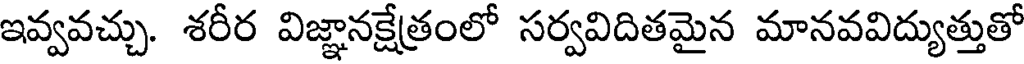
ఇవ్వవచ్చు. శరీర విజ్ఞానక్షేత్రంలో సర్వవిదితమైన మానవవిద్యుత్తుతో